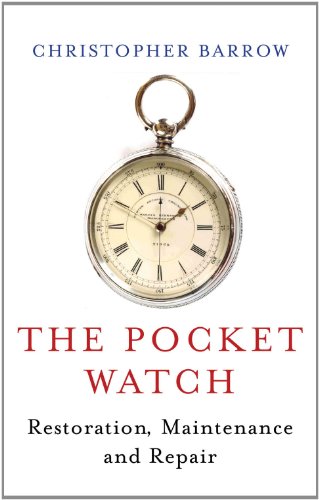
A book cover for The Pocket Watch: Restoration, Maintenance and Repair; Christopher Barrow; Crafts, Hobbies & Home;